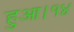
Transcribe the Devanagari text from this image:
हुआ।१४